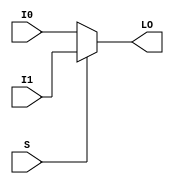
// This program was cloned from: https://github.com/fredrequin/verilator_xilinx
// License: BSD 2-Clause "Simplified" License

`ifdef verilator3
`else
`timescale 1 ps / 1 ps
`endif
//
// MUXF7_L primitive for Xilinx FPGAs
// Compatible with Verilator tool (www.veripool.org)
// Copyright (c) 2019-2022 Frdric REQUIN
// License : BSD
//

/* verilator coverage_off */
module MUXF7_L
(
    input  wire I0, I1,
    input  wire S,
    output wire LO
);

    assign LO = (S) ? I1 : I0;

endmodule
/* verilator coverage_on */